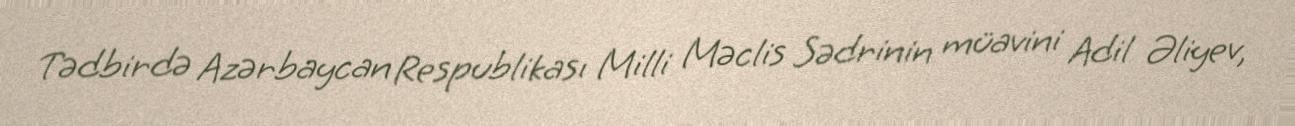
Tədbirdə Azərbaycan Respublikası Milli Məclis Sədrinin müavini Adil Əliyev,